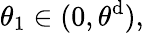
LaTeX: \theta_{1}\in(0,\theta^{\mathrm{d}}),